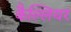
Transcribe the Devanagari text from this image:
कैल्लियर